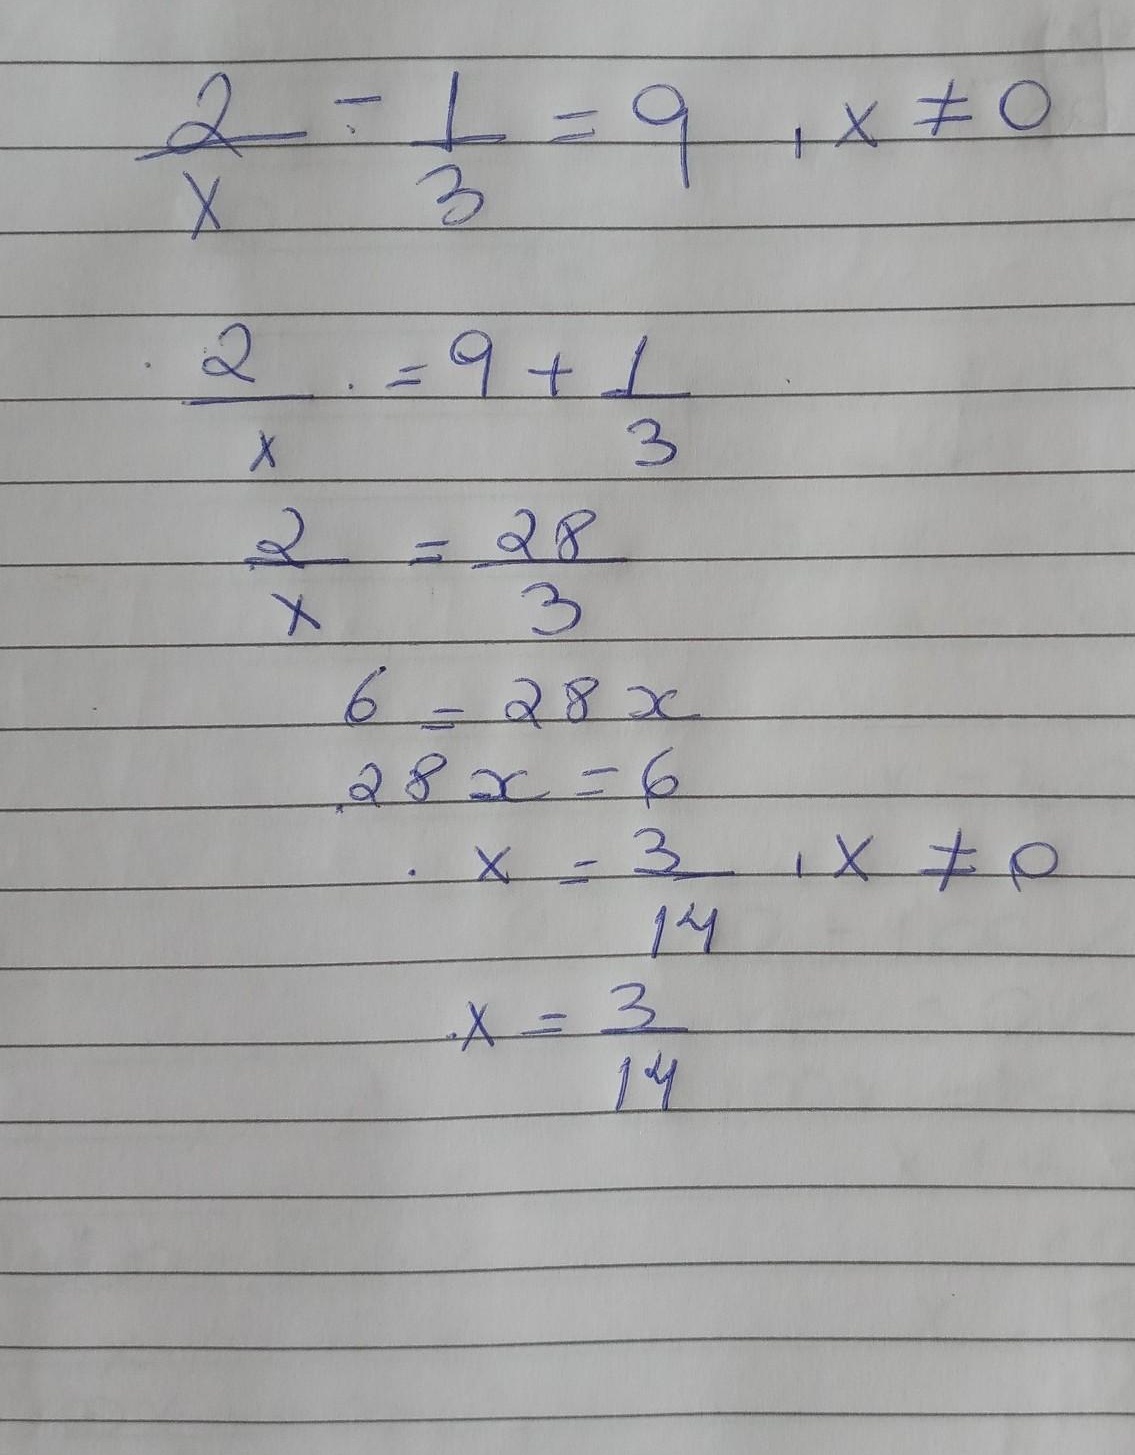
\begin{align*}
\frac{2}{x}-\frac{1}{3}&=9, x\neq0\\
\frac{2}{x}&=9 + \frac{1}{3}\\
\frac{2}{x}&=\frac{28}{3}\\
6&= 28x\\
28x&=6\\
x&=\frac{3}{14}, x\neq0\\
x&=\frac{3}{14}
\end{align*}